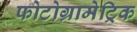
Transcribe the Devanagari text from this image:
फोटोग्रामेट्रिक